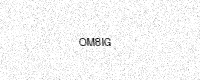
Text: OM8IG